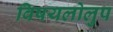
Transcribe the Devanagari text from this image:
विषयलोलुप